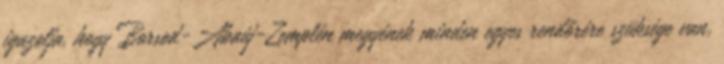
igazolja, hogy Borsod-Abaúj-Zemplén megyének minden egyes rendőrére szüksége van,